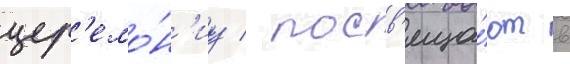
цер'емо́н'иу / посв'яща́ют в